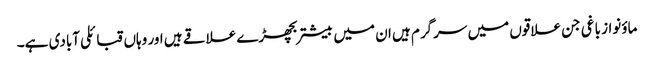
ماؤنواز باغی جن علاقوں میں سرگرم ہیں ان میں بیشتربچھڑے علاقے ہیں اور وہاں قبائلی آبادی ہے۔